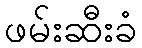
ဖမ်းဆီးခံ